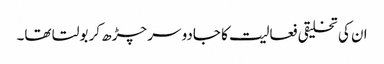
ان کی تخلیقی فعالیت کا جادو سر چڑھ کر بولتا تھا۔